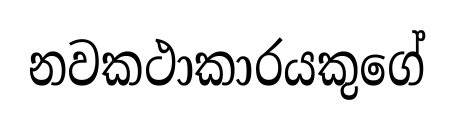
නවකථාකාරයකුගේ